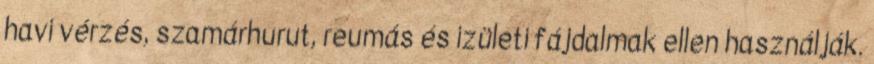
havi vérzés, szamárhurut, reumás és izületi fájdalmak ellen használják.